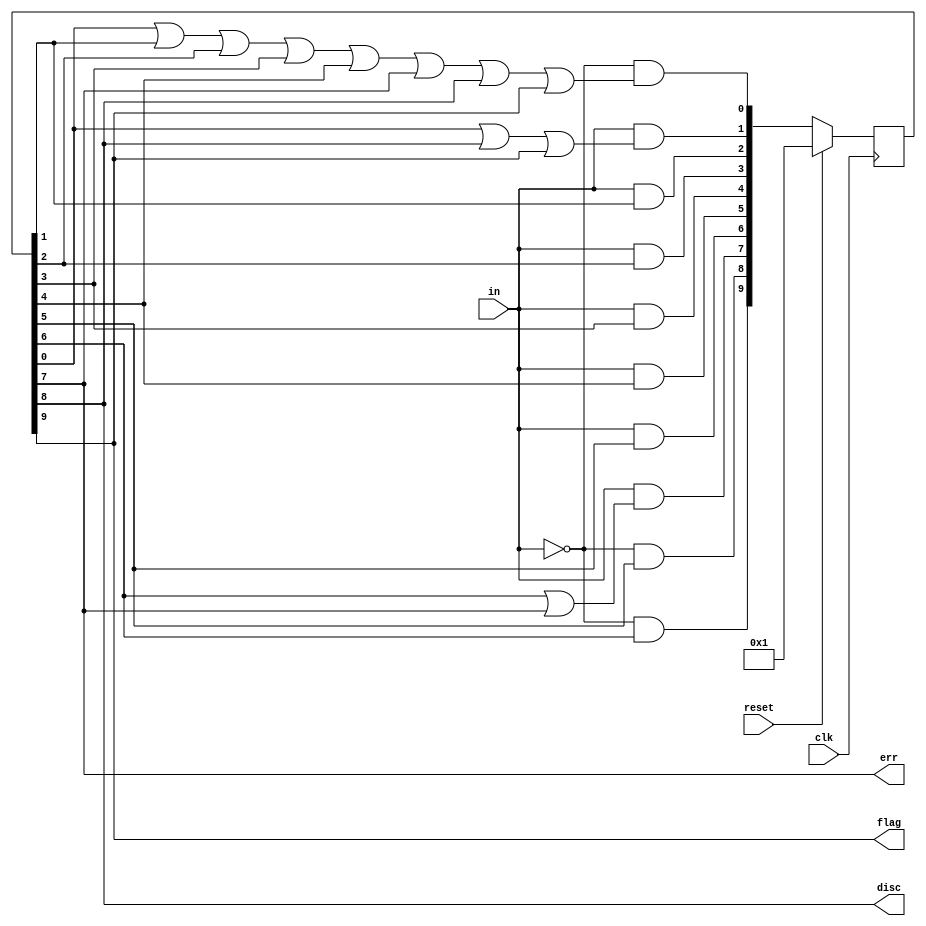
module top_module(
    input clk,
    input reset,    // Synchronous reset
    input in,
    output disc,
    output flag,
    output err);
    
    // THe state machine is very similar to fsm onehot
    reg [9:0] state, next_state;
    
    always @(posedge clk) begin
        if(reset)
            state <= 1;
        else
            state <= next_state;
    end
    
    assign next_state[0] = ~in & (state[0] | state[1] | state[2] | state[3] | state[4] | state[7] | state[8] | state[9]);
    assign next_state[1] = in & (state[0] | state[8] | state[9]);
    assign next_state[2] = in & state[1];
    assign next_state[3] = in & state[2];
    assign next_state[4] = in & state[3];
    assign next_state[5] = in & state[4];
    assign next_state[6] = in & state[5];
    assign next_state[7] = in & (state[6] | state[7]);
    assign next_state[8] = ~in & state[5];
    assign next_state[9] = ~in & state[6];
    
	//assign out1 = state[9] | state[8];
    //assign out2 = state[9] | state[7];
    
    assign err = state[7];
    assign disc = state[8];
    assign flag = state[9];
    

endmodule